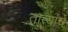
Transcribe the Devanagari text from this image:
तात्यांचे